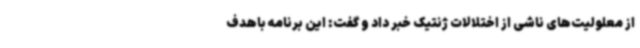
از معلولیت‌های ناشی از اختلالات ژنتیک خبر داد و گفت: این برنامه باهدف